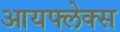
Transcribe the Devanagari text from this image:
आयफ्लेक्स